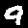
Digit: 9